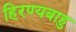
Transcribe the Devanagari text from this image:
हिरण्यबाहु